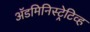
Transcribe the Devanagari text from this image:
अॅडमिनिस्ट्रेटिव्ह